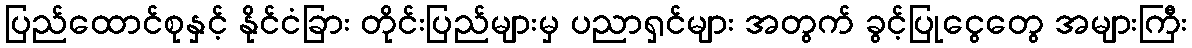
ပြည်ထောင်စုနှင့် နိုင်ငံခြား တိုင်းပြည်များမှ ပညာရှင်များ အတွက် ခွင့်ပြုငွေတွေ အများကြီး